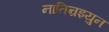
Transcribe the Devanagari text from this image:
नातिन्रइयुन